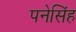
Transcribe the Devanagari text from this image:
पनेसिंह